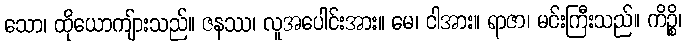
သော၊ ထိုယောကျ်ားသည်။ ဇနဿ၊ လူအပေါင်းအား။ မေ၊ ငါအား။ ရာဇာ၊ မင်းကြီးသည်။ ကိဉ္စိ၊